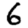
Digit: 6